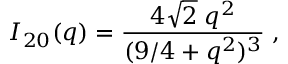
{ \cal I } _ { 2 0 } ( q ) = \frac { 4 \sqrt { 2 } \; q ^ { 2 } } { ( 9 / 4 + q ^ { 2 } ) ^ { 3 } } \; ,